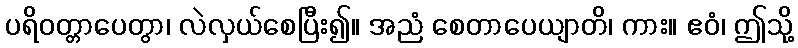
ပရိဝတ္တာပေတွာ၊ လဲလှယ်စေပြီး၍။ အညံ စေတာပေယျာတိ၊ ကား။ ဧဝံ၊ ဤသို့